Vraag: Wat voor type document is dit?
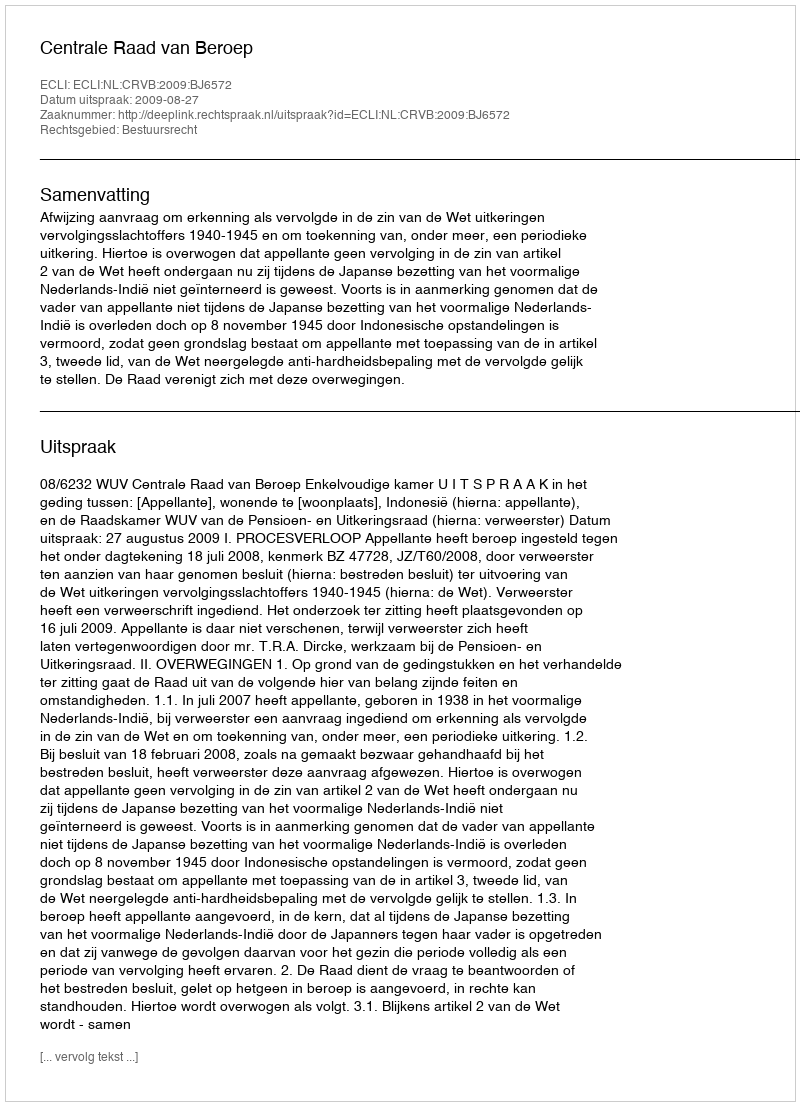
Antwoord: Uitspraak